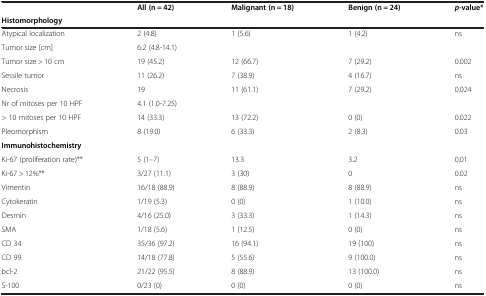
<table><thead><tr><td><b> </b></td><td><b>All (n = 42)</b></td><td><b>Malignant (n = 18)</b></td><td><b>Benign (n = 24)</b></td><td><b><i>p</i>-value*</b></td></tr><tr><td><b>Histomorphology</b></td><td><b> </b></td><td><b> </b></td><td><b> </b></td><td><b> </b></td></tr></thead><tbody><tr><td>Atypical localization</td><td>2 (4.8)</td><td>1 (5.6)</td><td>1 (4.2)</td><td>ns</td></tr><tr><td>Tumor size [cm]</td><td>6.2 (4.8-14.1)</td><td> </td><td> </td><td> </td></tr><tr><td>Tumor size &gt; 10 cm</td><td>19 (45.2)</td><td>12 (66.7)</td><td>7 (29.2)</td><td>0.002</td></tr><tr><td>Sessile tumor</td><td>11 (26.2)</td><td>7 (38.9)</td><td>4 (16.7)</td><td>ns</td></tr><tr><td>Necrosis</td><td>19</td><td>11 (61.1)</td><td>7 (29.2)</td><td>0.024</td></tr><tr><td>Nr of mitoses per 10 HPF</td><td>4.1 (1.0-7.25)</td><td> </td><td> </td><td> </td></tr><tr><td>&gt; 10 mitoses per 10 HPF</td><td>14 (33.3)</td><td>13 (72.2)</td><td>0 (0)</td><td>0.022</td></tr><tr><td>Pleomorphism</td><td>8 (19.0)</td><td>6 (33.3)</td><td>2 (8.3)</td><td>0.03</td></tr><tr><td><b>Immunohistochemistry</b></td><td> </td><td> </td><td> </td><td> </td></tr><tr><td>Ki-67 (proliferation rate)**</td><td>5 (1–7)</td><td>13.3</td><td>3.2</td><td>0.01</td></tr><tr><td>Ki-67 &gt; 12%**</td><td>3/27 (11.1)</td><td>3 (30)</td><td>0</td><td>0.02</td></tr><tr><td>Vimentin</td><td>16/18 (88.9)</td><td>8 (88.9)</td><td>8 (88.9)</td><td>ns</td></tr><tr><td>Cytokeratin</td><td>1/19 (5.3)</td><td>0 (0)</td><td>1 (10.0)</td><td>ns</td></tr><tr><td>Desmin</td><td>4/16 (25.0)</td><td>3 (33.3)</td><td>1 (14.3)</td><td>ns</td></tr><tr><td>SMA</td><td>1/18 (5.6)</td><td>1 (12.5)</td><td>0 (0)</td><td>ns</td></tr><tr><td>CD 34</td><td>35/36 (97.2)</td><td>16 (94.1)</td><td>19 (100)</td><td>ns</td></tr><tr><td>CD 99</td><td>14/18 (77.8)</td><td>5 (55.6)</td><td>9 (100.0)</td><td>ns</td></tr><tr><td>bcl-2</td><td>21/22 (95.5)</td><td>8 (88.9)</td><td>13 (100.0)</td><td>ns</td></tr><tr><td>S-100</td><td>0/23 (0)</td><td>0 (0)</td><td>0 (0)</td><td>ns</td></tr></tbody></table>